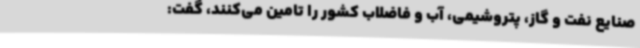
صنایع نفت و گاز، پتروشیمی، آب و فاضلاب کشور را تامین می‌کنند، گفت: